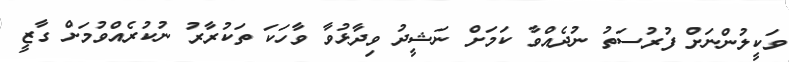
ވަކީލުންނަށް ފުރުސަތު ނުދެއްވާ ކަމަށް ނަޝީދު ވިދާޅުވާ ވާހަކަ ތަކުރާރު ނުކުރެއްވުމަށް ގާޒީ